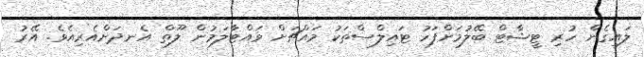
ލައިގެން ހުރި ޓީޝާޓް ބޭލުމަށްފަހު ޓައިލްސްތަކު މައްޗަށް ވައްޓާލަމުން ލޫތް އެނދަށްއެރިއެވެ. އޭރު